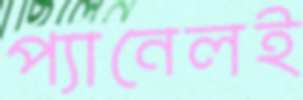
প্যানেলই